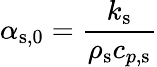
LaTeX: \alpha_{\mathrm{s,0}}=\frac{k_{\mathrm{s}}}{\rho_{\mathrm{s}}c_{p,\mathrm{s}}}